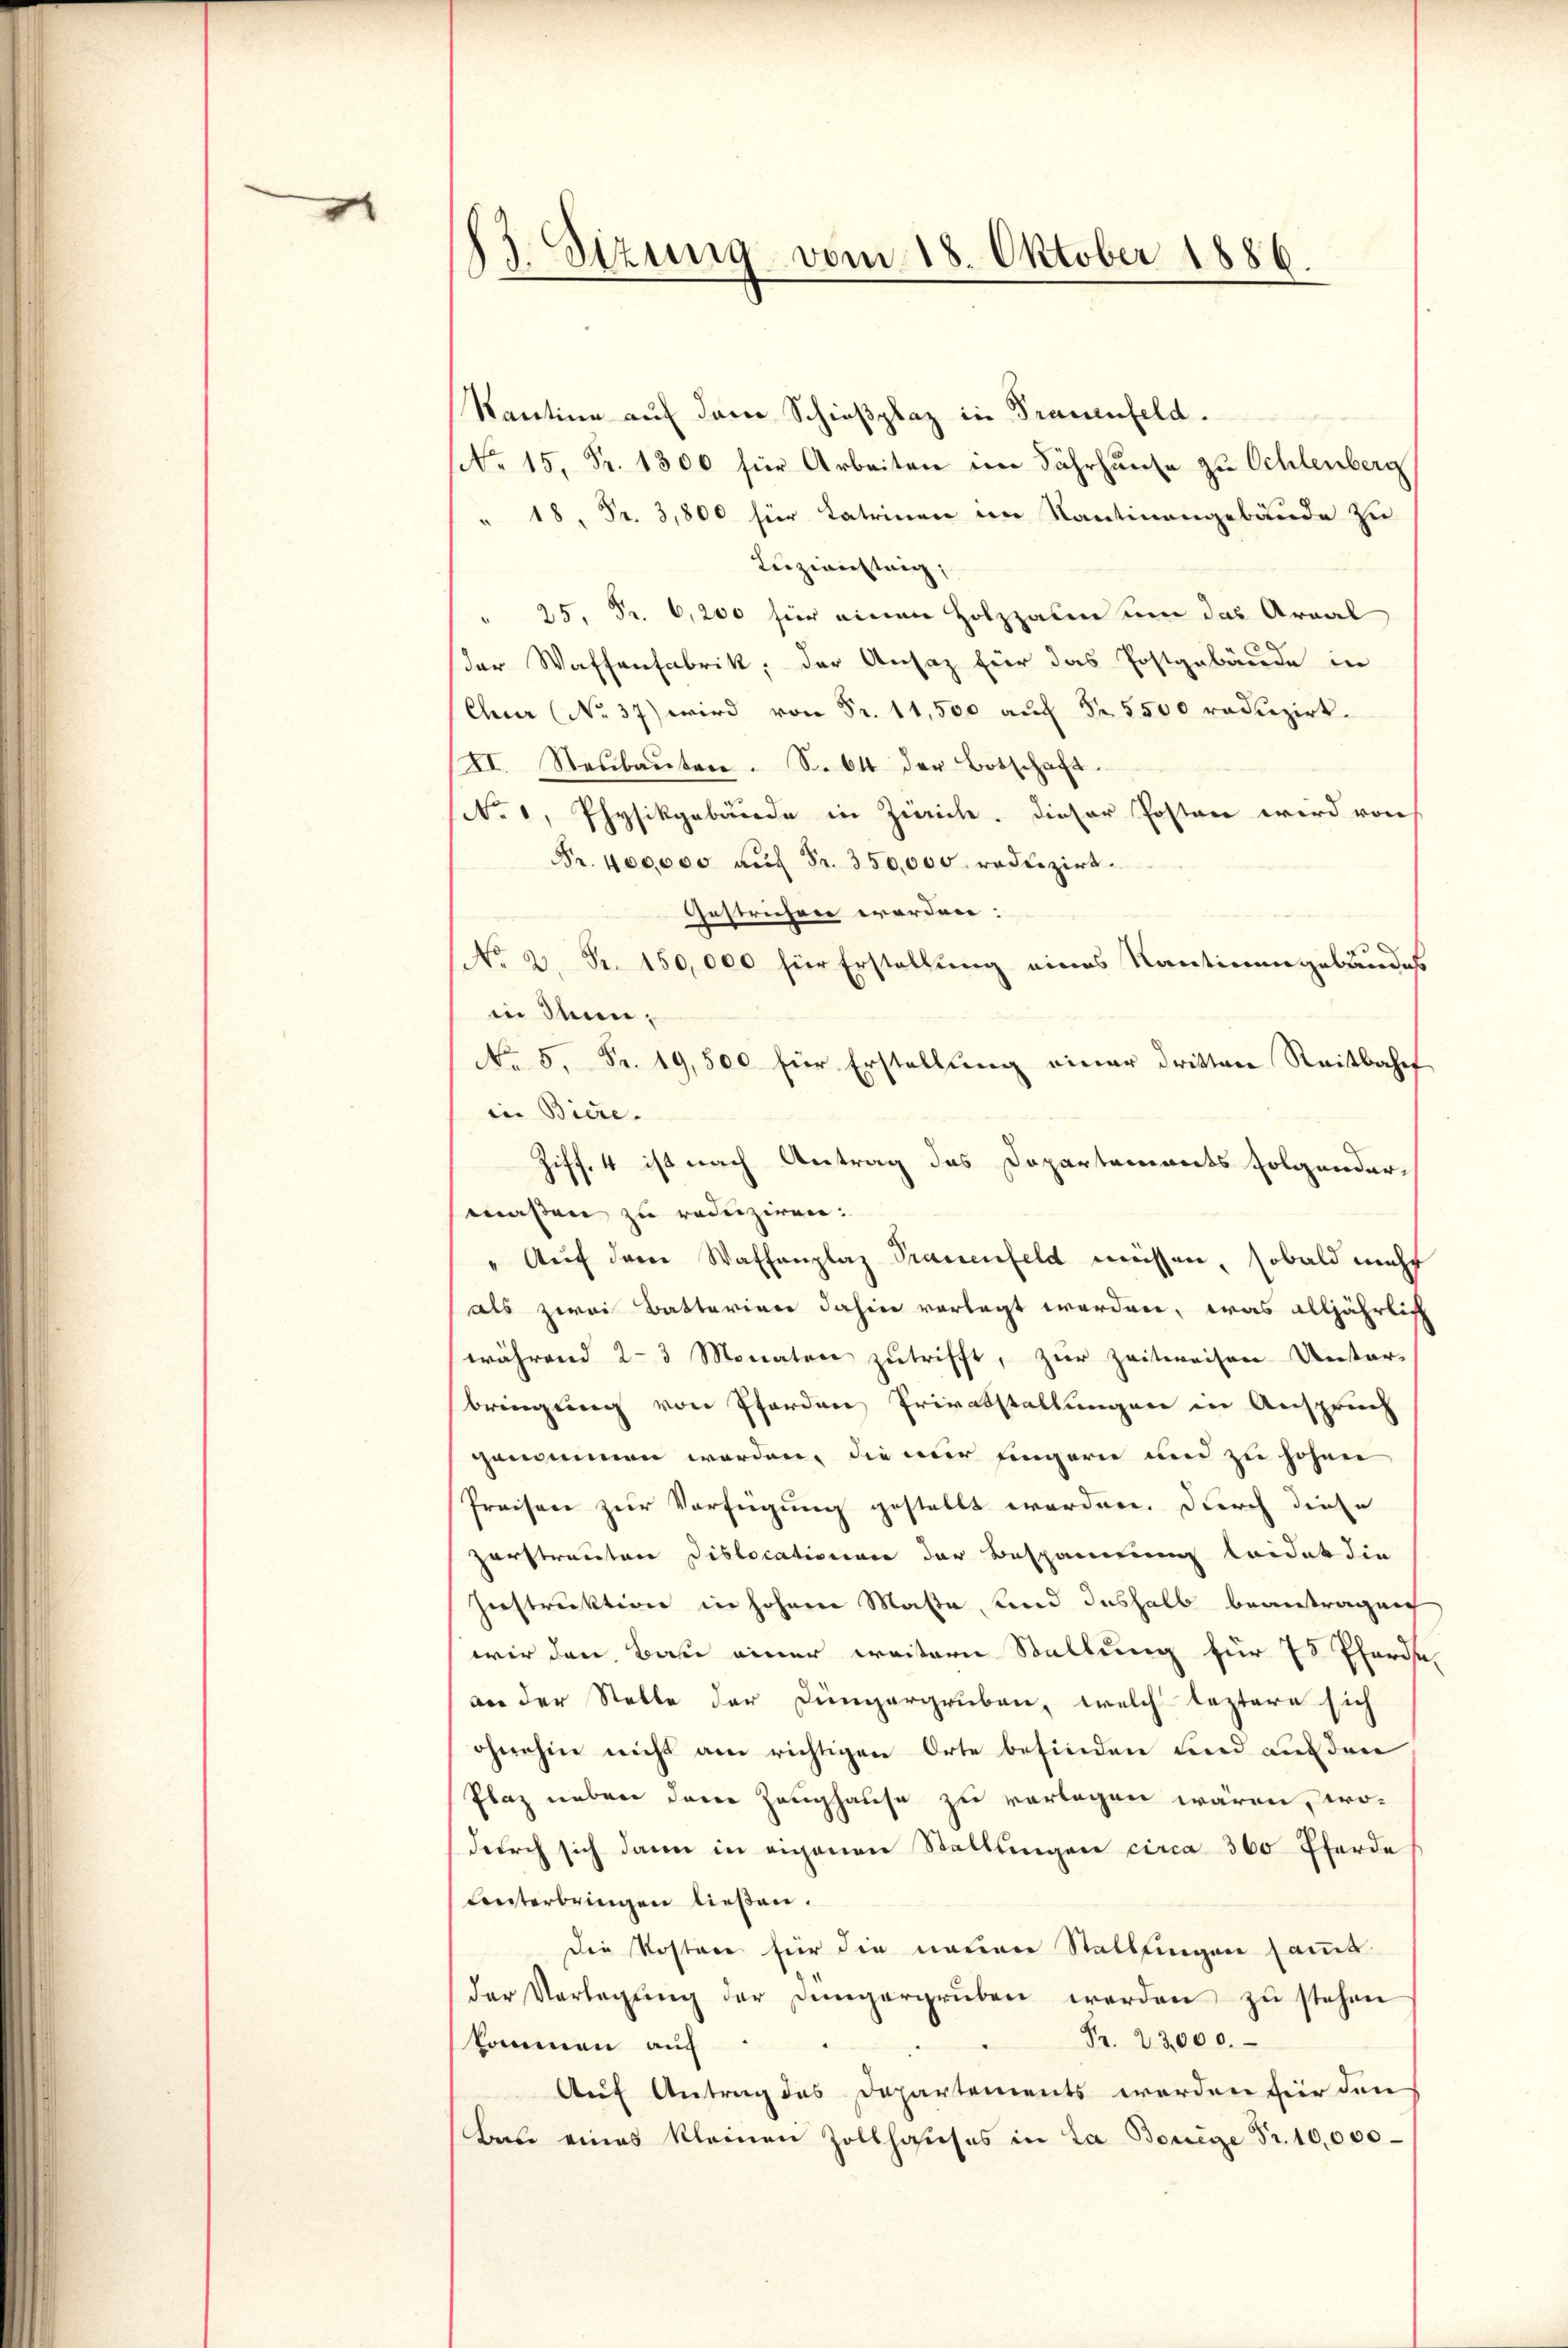
e

13. Sizung vom 18. Oktober 1886.

Santine auf den Schießplaz in Trauenfeld.
No 15. Fr. 1300 für Arbeiten im Jahrhause zu Schlenberg
" 18. Fr. 3,800 für Lateinen im Kantinengebäude zu
Luziansteig,
" 25, Fr. 6,200 für einen Holzzalen um das Areal
der Waffenfabrik, der Ansatz für das Postgebäude in
Chur (No. 37) wird von Fr. 11,500 auf Fr. 5500 reduzirt.
XI. Neŭbaŭten. S. 64 der Botschaft.
No 1, Physikgebäude in Zürich. Dieser Posten wird von
Fr. 400000 auf Fr. 350,000. reduzirt.
Gestrichen worden:
No 2. Fr. 150,000 für Erstellung eines Kantinengebäudes
in denn,
No 5. Fr. 19,500 für Erstellung einer dritten Reitbahnt
in Biere.
Ziff. 4 ist nach Antrag des Departements folgender-
maßen zu reduziren.
" Aŭf dem Waffenplaz Trauenfeld müssen, sobald macht
als zwei Batterien dahin vorlegt werden, was alljährlich
während 2-3 Monaten zutrifft, zur Zeitweisen Unter-
bringung von Pferden Privatstallungen in Anspruch
genommen worden, die mir eingern und zu hohen
Preisen zur Verfügung gestellt werden. Durch diese
zerstrauten Dislocationen der Bespannung leidet die
Instruktion in hohem Maßa und deshalb beantragen
wir den Bau einer weitern Stallung für 15 Pferde.
an der Stelle der Düngergruben, welch leztere sich
ohnehin nicht am richtigen Orte befinden und auf den
Plaz neben den Zeughause zu verlegen wären, wo-
durch sich dann in eigenen Stattlingen circa 360 Pferde
Lnterbringen ließen.
Die Kosten für die neuen Stellungen sammt
der Vorlegŭng der Jüngergrŭben werden zŭ stehen
Pr. 23,000.
kommen auf
Auf Antrag des Departements werden für den
Bau eines kleinen Zollhauses in La Bönige Fr. 10,000